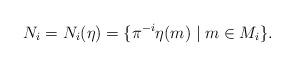
LaTeX: \begin{align*}N_i=N_i(\eta)=\{ \pi^{-i}\eta(m) \mid m\in M_i\}.\end{align*}